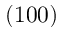
( 1 0 0 )